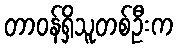
တာဝန်ရှိသူတစ်ဦးက